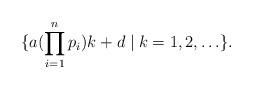
LaTeX: \begin{align*}\{a(\prod_{i=1}^{n}p_i)k+d\mid k=1,2,\ldots\}.\end{align*}